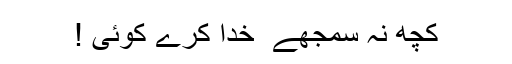
کچھ نہ سمجھے ٗ خُدا کرے کوئی !